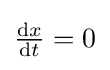
{\tfrac {\mathrm {d} x}{\mathrm {d} t}}=0